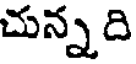
చున్న ది